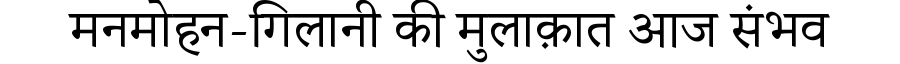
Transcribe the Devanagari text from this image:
मनमोहन-गिलानी की मुलाक़ात आज संभव